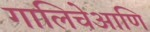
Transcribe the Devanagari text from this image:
गालिचेआणि